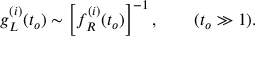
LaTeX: g _ { L } ^ { ( i ) } ( t _ { o } ) \sim \left[ f _ { R } ^ { ( i ) } ( t _ { o } ) \right] ^ { - 1 } , \quad \quad ( t _ { o } \gg 1 ) .